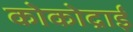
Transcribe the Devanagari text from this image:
कोकोद्राई